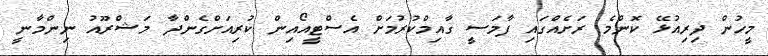
މީހުން ދިރިއުޅޭ ކޮންމެ ރަށެއްގައި ފާމަސީ ގާއިމްކުރުމަށް އެސްޓީއޯއިން ކުރިއަށްގެންދާ މަޝްރޫއު ނިންމާނީ